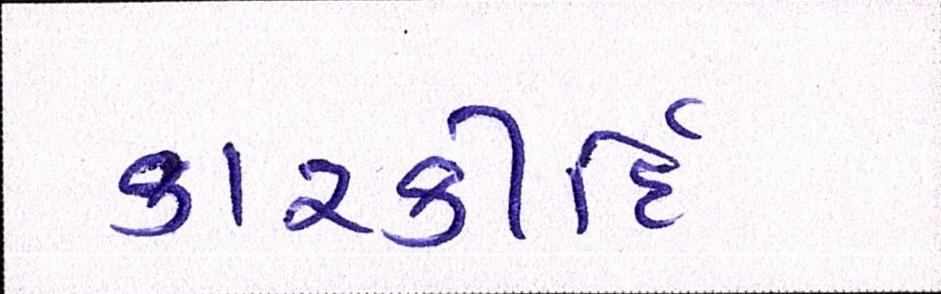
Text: કારકીર્દિ